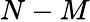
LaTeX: N-M